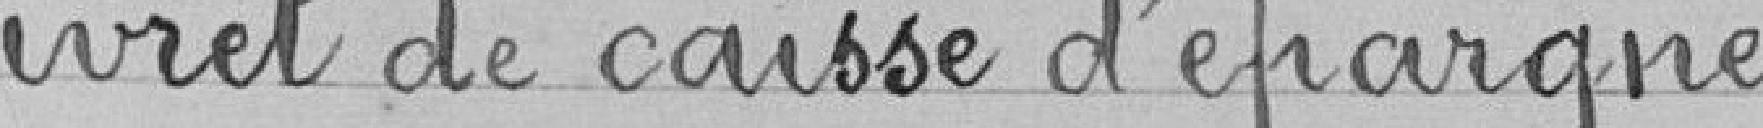
livret de caisse d'épargne